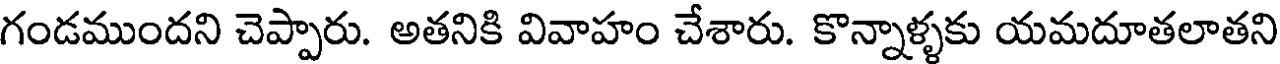
గండముందని చెప్పారు. అతనికి వివాహం చేశారు. కొన్నాళ్ళకు యమదూతలాతని